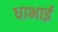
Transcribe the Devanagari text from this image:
धाभाई